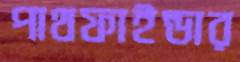
পাথফাইন্ডার